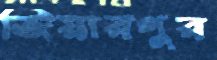
জিয়ারপুর